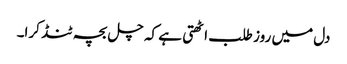
دل میں روز طلب اٹھتی ہے کہ چل بچہ ٹنڈ کرا۔